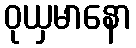
ဝုယှမာနော